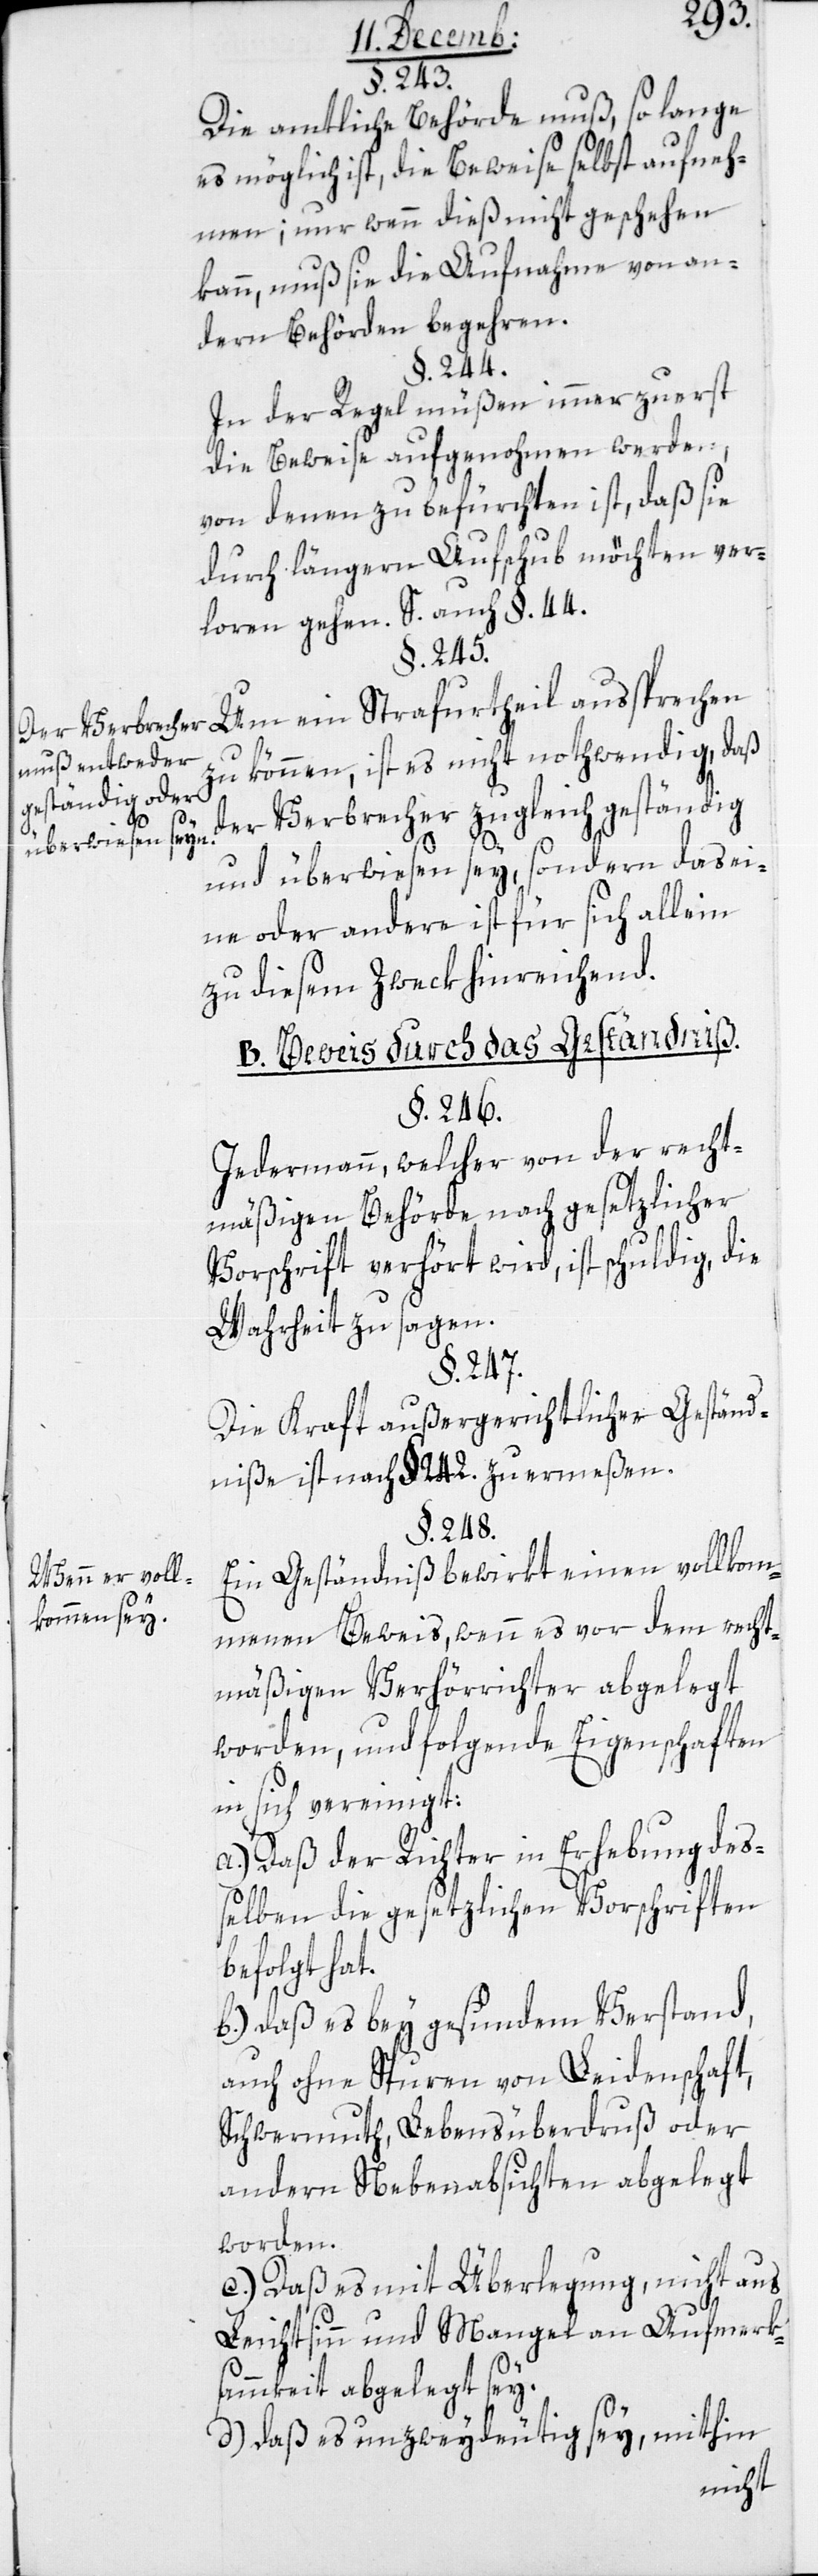
Der Verbrecher
muß entweder
geständig oder
überwiesen seyn.
Wenn er voll¬
kommen sey.

§. 243.
Die amtliche Behörde muß, so lange
es möglich ist, die Beweise selbst aufneh¬
men; nur wenn dieß nicht geschehen
kann, muß sie die Aufnahme von an¬
dern Behörden begehren.
§. 244.
In der Regel müßen immer zuerst
die Beweise aufgenohmen werden,
von denen zu befürchten ist, daß sie
durch längern Aufschub möchten ver¬
loren gehen. S. auch §. 44.
§. 245.
Um ein Strafurtheil aussprechen
zu können, ist es nicht nothwendig, daß
der Verbrecher zugleich geständig
und überwiesen sey, sondern das Ei¬
ne oder Andere ist für sich allein
zu diesem Zweck hinreichend.
B. Beweis durch das Geständniß.
§. 246.
Jedermann, welcher von der recht¬
mäßigen Behörde nach gesetzlicher
Vorschrift verhört wird, ist schuldig, die
Wahrheit zu sagen.
§. 247.
Die Kraft außergerichtlicher Geständ¬
niße ist nach §. 242 zu ermeßen.
§. 248.
Ein Geständniß bewirkt einen vollkom¬
menen Beweis, wenn es vor dem recht¬
mäßigen Verhörrichter abgelegt
worden, und folgende Eigenschaften
in sich vereinigt:
a.) Daß der Richter in Erhebung des¬
selben die gesetzlichen Vorschriften
befolgt hat.
b.) Daß es bey gesundem Verstand,
auch ohne Spuren von Leidenschaft,
Schwermuth, Lebensüberdruß oder
andern Nebenabsichten abgelegt
worden.
c.) Daß es mit Überlegung, nicht aus
Leichtsinn und Mangel an Aufmerk¬
sammkeit abgelegt sey.
d.) Daß es unzweydeutig sey, mithin